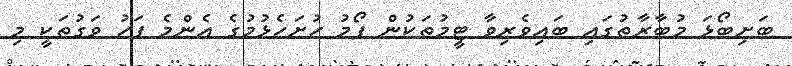
ބަށިބޯޅަ މުބާރާތުގައި ބައިވެރިވާ ޓީމުތަކުން ފޯމު ހުށަހެޅުމުގެ އެންމެ ފަހު ވަގުތަކީ މި